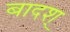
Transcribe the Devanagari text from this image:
बादश्